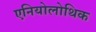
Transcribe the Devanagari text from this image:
एनियोलोथिक